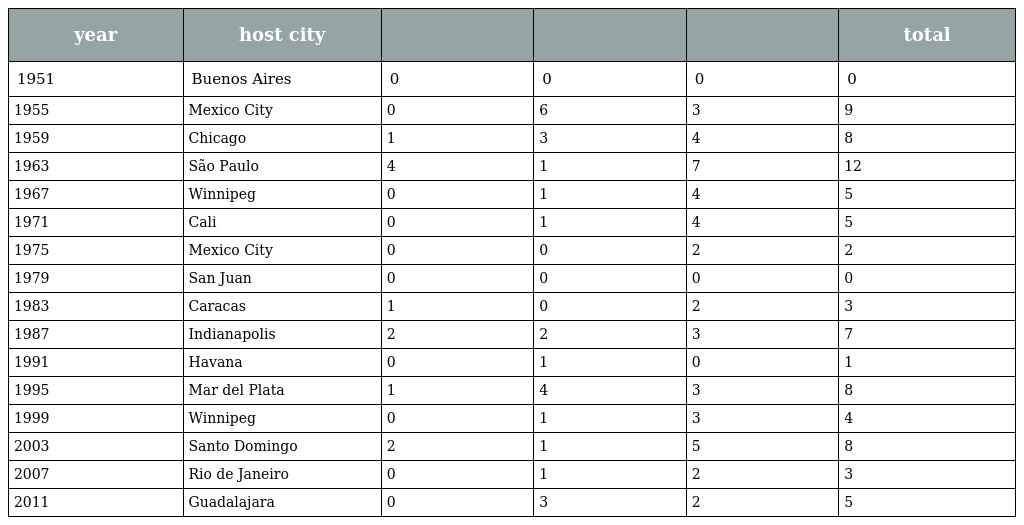
| year | host city |  |  |  | total |
 | --- | --- | --- | --- | --- | --- |
 | 1951 | Buenos Aires | 0 | 0 | 0 | 0 |
 | 1955 | Mexico City | 0 | 6 | 3 | 9 |
 | 1959 | Chicago | 1 | 3 | 4 | 8 |
 | 1963 | São Paulo | 4 | 1 | 7 | 12 |
 | 1967 | Winnipeg | 0 | 1 | 4 | 5 |
 | 1971 | Cali | 0 | 1 | 4 | 5 |
 | 1975 | Mexico City | 0 | 0 | 2 | 2 |
 | 1979 | San Juan | 0 | 0 | 0 | 0 |
 | 1983 | Caracas | 1 | 0 | 2 | 3 |
 | 1987 | Indianapolis | 2 | 2 | 3 | 7 |
 | 1991 | Havana | 0 | 1 | 0 | 1 |
 | 1995 | Mar del Plata | 1 | 4 | 3 | 8 |
 | 1999 | Winnipeg | 0 | 1 | 3 | 4 |
 | 2003 | Santo Domingo | 2 | 1 | 5 | 8 |
 | 2007 | Rio de Janeiro | 0 | 1 | 2 | 3 |
 | 2011 | Guadalajara | 0 | 3 | 2 | 5 |